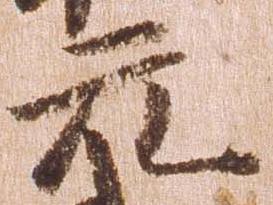
元